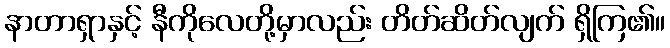
နာတာရှာနှင့် နီကိုလေတို့မှာလည်း တိတ်ဆိတ်လျက် ရှိကြ၏။